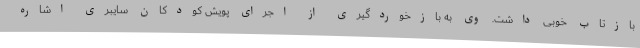
بازتاب خوبی داشت. وی به بازخوردگیری از اجرای پویش کودکان سایبری اشاره